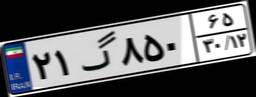
۳۹گ۷۴۰۷۳